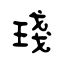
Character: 琖